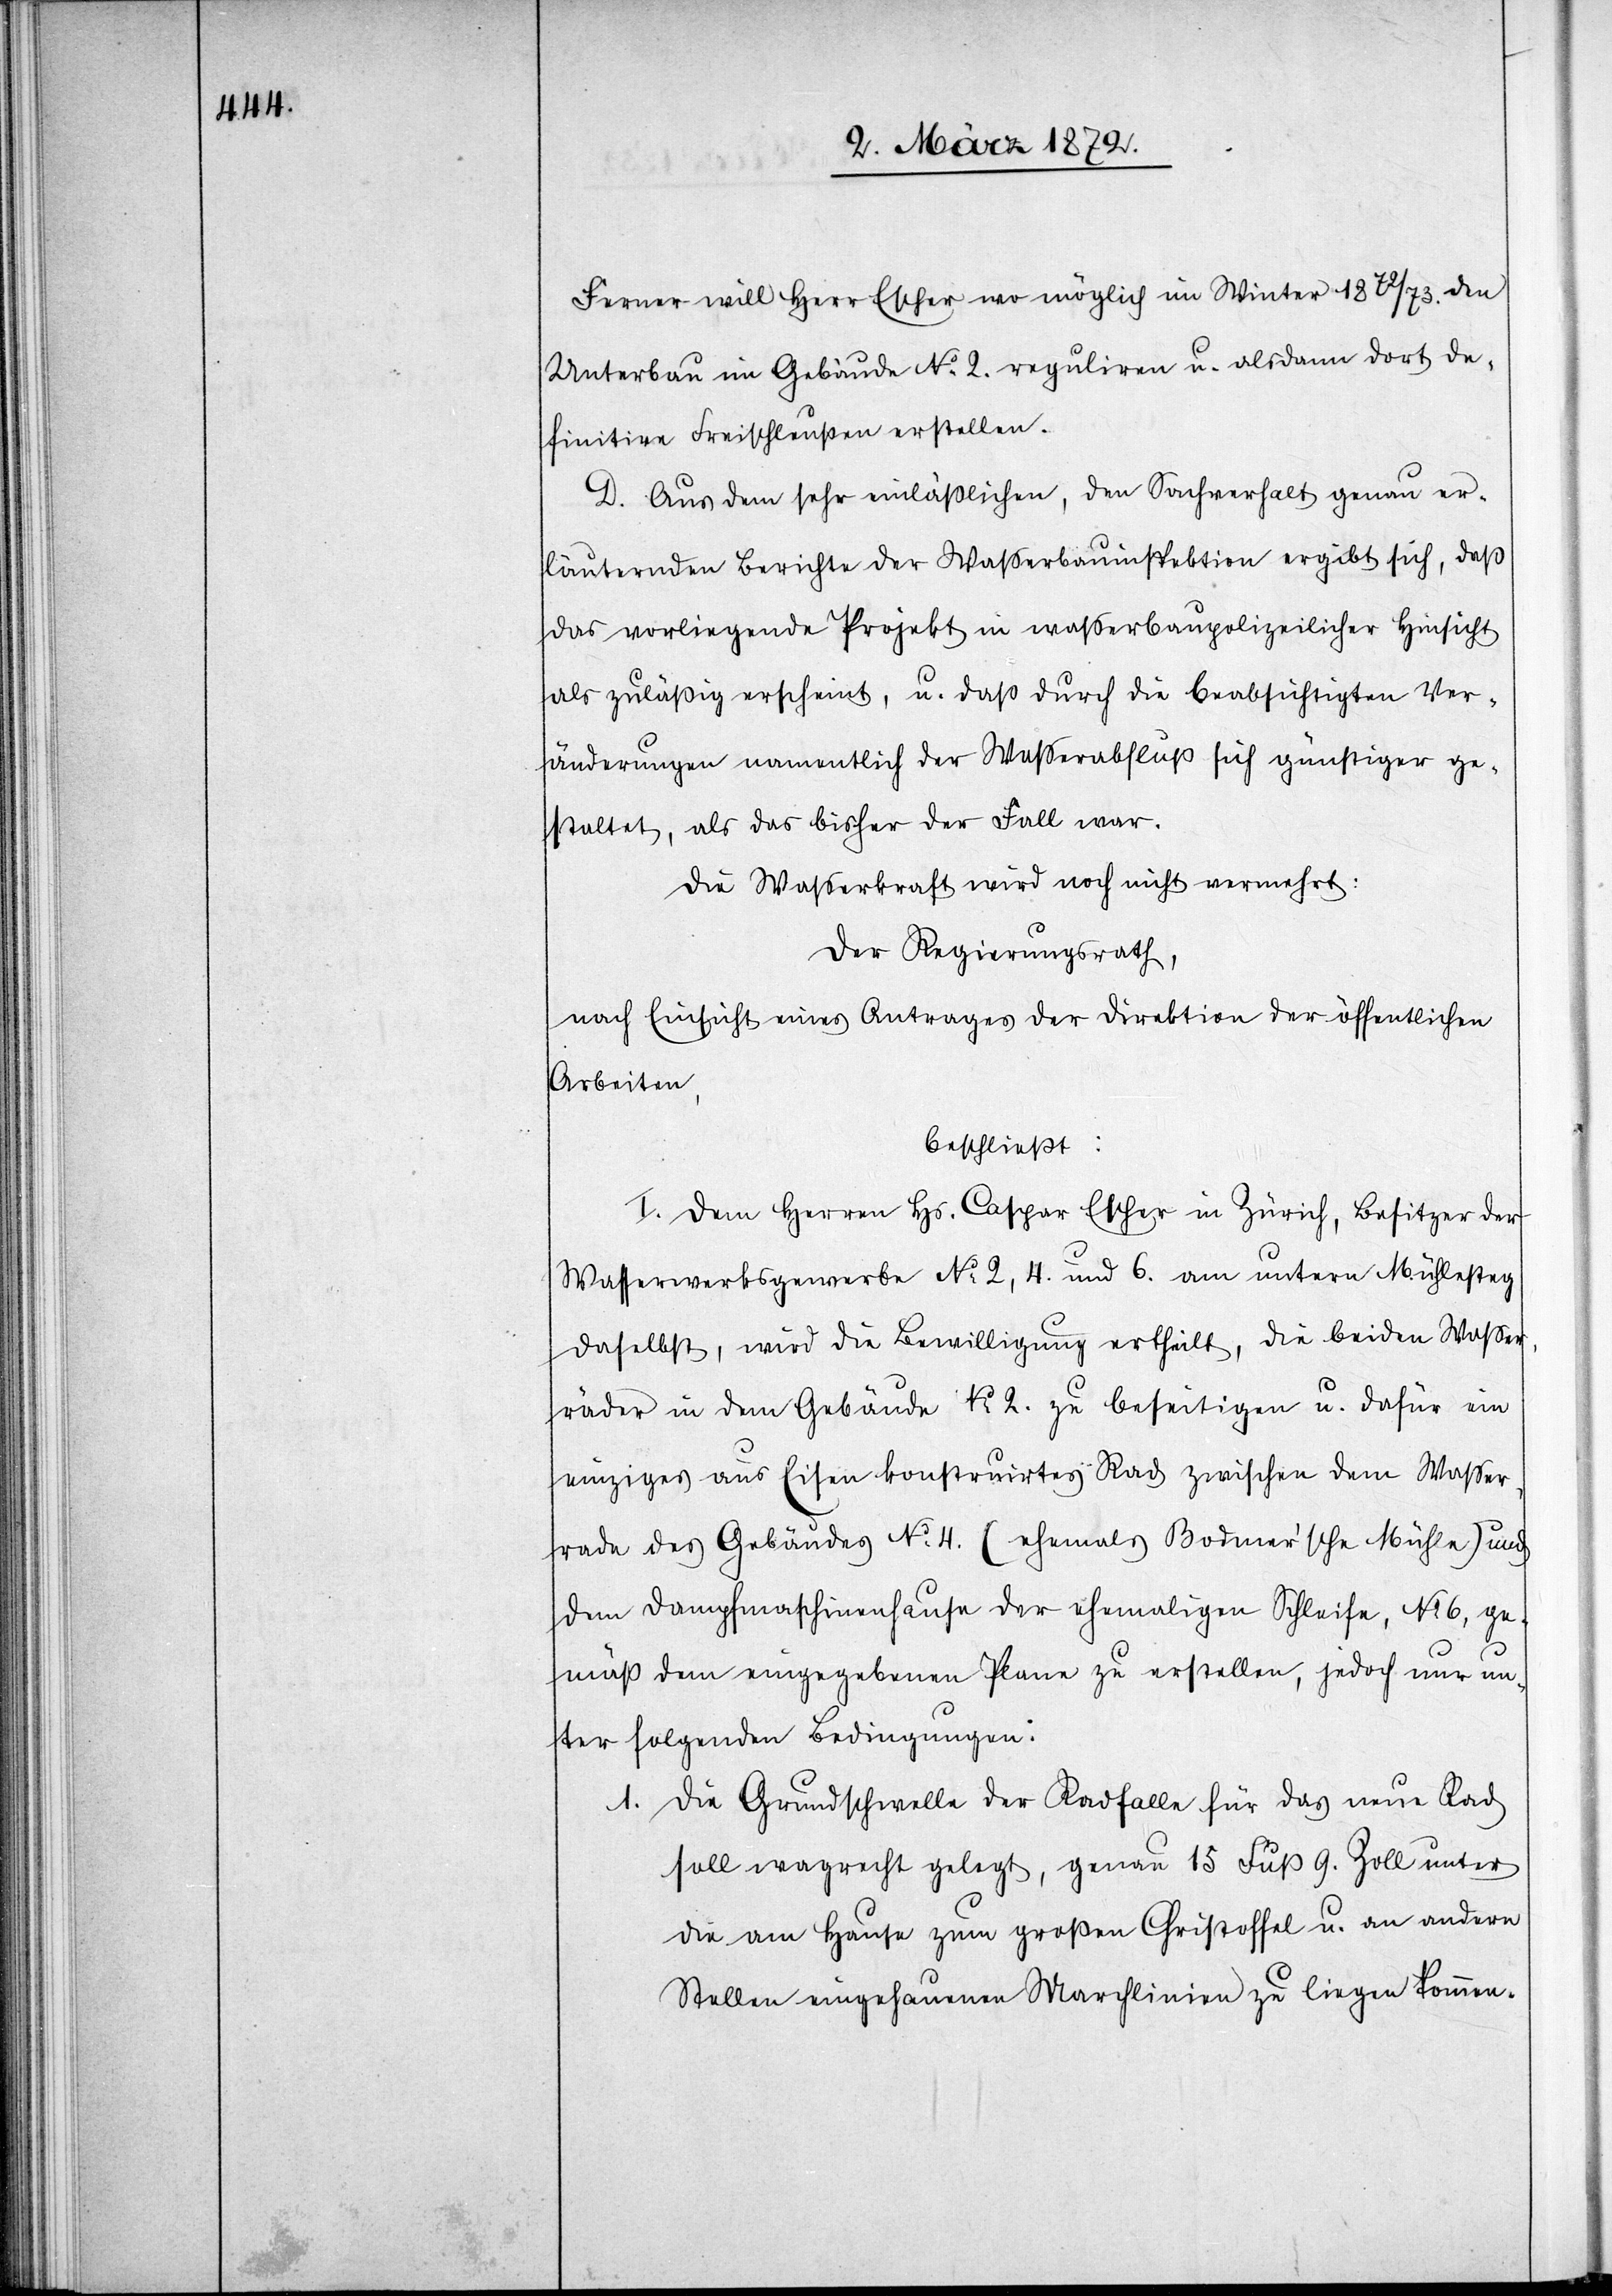
Ferner will Herr Escher wo möglich im Winter 1872/73. den
Unterbau im Gebäude No 2. reguliren u. alsdann dort de¬
finitive Freischleußen erstellen.
D. Aus dem sehr einläßlichen, den Sachverhalt genau er¬
läuternden Berichte der Wasserbauinspektion ergibt sich, daß
das vorliegende Projekt in wasserbaupolizeilicher Hinsicht
als zuläßig erscheint, u. daß durch die beabsichtigten Ver¬
änderungen namentlich der Wasserabfluß sich günstiger ge¬
staltet, als das bisher der Fall war.
Die Wasserkraft wird noch nicht vermehrt:
Der Regierungsrath,
nach Einsicht eines Antrages der Direktion der öffentlichen
Arbeiten,
beschließt:
I. Dem Herren Hs. Caspar Escher in Zürich, Besitzer der
Wasserwerksgewerbe No 2, 4. und 6. am untern Mühlesteg
daselbst, wird die Bewilligung ertheilt, die beiden Wasser¬
räder in dem Gebäude No 2. zu beseitigen u. dafür ein
einziges aus Eisen konstruirtes Rad zwischen dem Wasser¬
rade des Gebäudes No 4. (ehemals Bodmer’sche Mühle) und
dem Dampfmaschinenhause der ehemaligen Schleife, No 6, ge¬
mäß dem eingegebenen Plane zu erstellen, jedoch nur un¬
ter folgenden Bedingungen:
1. Die Grundschwelle der Radfalle für das neue Rad
soll wagrecht [sic!] gelegt, genau 15 Fuß 9. Zoll unter
die am Hause zum großen Christoffel u. an andere
Stellen eingehauenen Marchlinien zu liegen kommen.